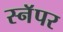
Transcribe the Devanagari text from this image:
स्नॅपर